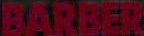
BARBER